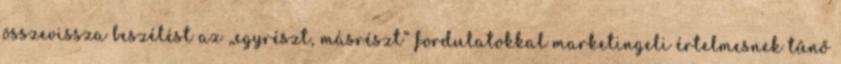
összevissza beszélést az „egyrészt, másrészt” fordulatokkal marketingeli értelmesnek tűnő